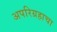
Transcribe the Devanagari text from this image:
अपरिग्रहाचा